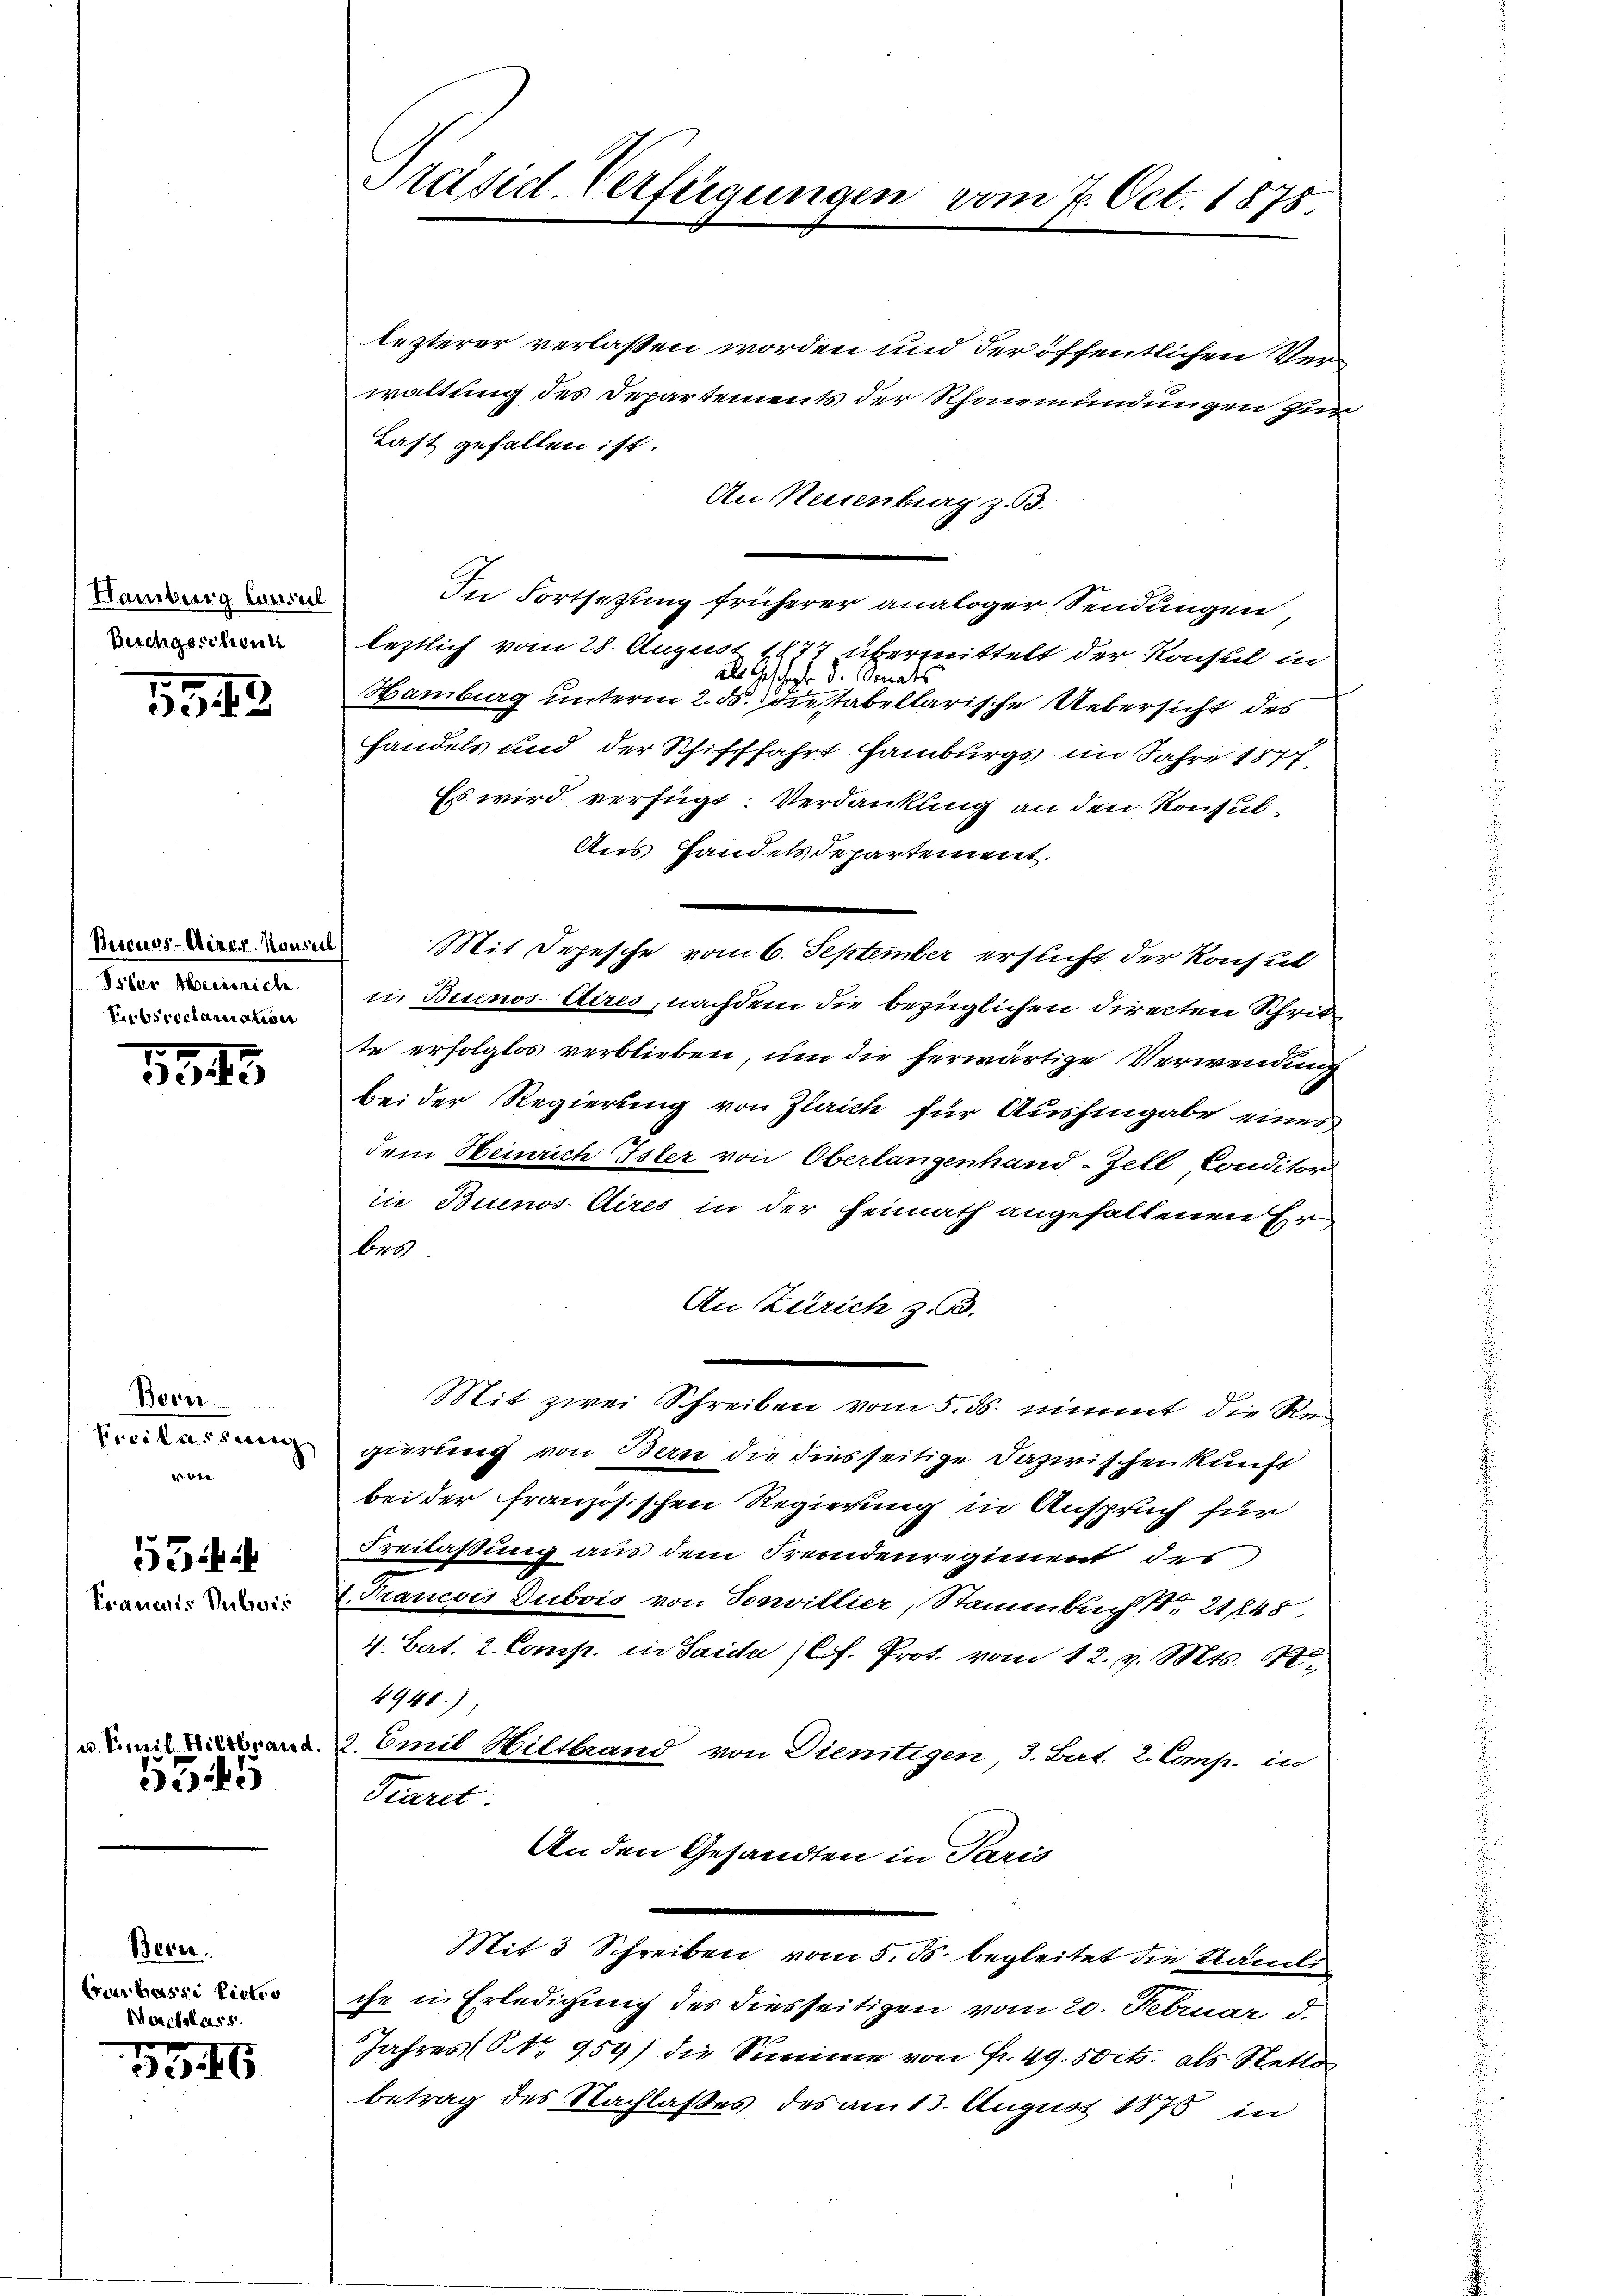
Hamburg Consul
Buchgeschein

1912.

Bercurs-Miner Konsul
Isler Heinrich
Eubsreclamation

1543

Bern
Einlassung
ie

55
Erauens Hubois

u. Simil Wiltbrand.
e

Bern.
Erwerbesse Pietro
Marderlass
d

4

Präsid. Verfügungen vom 7. Oct. 1875.

lezterer verlassen worden und der öffentlichen Verwaltung des Departements der Rhonemündungen zur
Last gefallen ist.
An Neuenburg z. B.
In Fortsetzung früherer analoger Sendungen,
leztlich vom 28. August 1877 übermittelt der Konsul in
als Geschept d. Senats
Hamburg unterm 2. ds. Die stabellarische Uebersicht des
handels und der Schifffahrt Hamburgs im Jahre 1877
Es wird verfügt: Verdankung an den Konsul¬
Aus Handelsdepartement.
Mit Depesche vom 6. September ersticht der Konsul
in Buenos-Aires, nachdem die bezüglichen Directen Schribe
te erfolglos verblieben, um die herwärtige Verwendung
bei der Regierung von Zürich für Aushingabe eines
dem Heinrich Isler von Oberlangenhand-Zell Conditor
in Buenos-Aires in der Heimath angefallenen Er
bes
An Zürich z. B.
.
Mit zwei Schreiben vom 5. ds. nimmt die Regierung von Bern die diesseitige Dazwischen künft
bei der französischen Regierung in Anspruch für
Freilaßung aus dem Fremdenregiment des
V. Trancois Dubois von Sonvillier, Stammbuch S. 21848
4. Bat. 2. Comp. in Sache (lt. Prot. vom 12. v. Mts. S.
4940.)
3 Emil Wiltband von Dientigen 3. Bat. 2. Comp. in
Karet
An den Gesandten in Paris
Mit 3 Schreiben vom 5. ds. begleitet die Sache
che in Erledigung des diesseitigen vom 20. Februar d.
Jahres (S. 959) die Summe von Fr. 49. 50 cts. als Stetto
betrag des Nachlaßes des am 13. August 1876 in
.